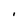
Character: I